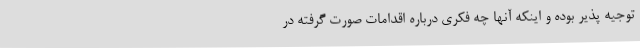
توجیه پذیر بوده و اینکه آنها چه فکری درباره اقدامات صورت گرفته در